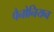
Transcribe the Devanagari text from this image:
पैनोनियन